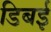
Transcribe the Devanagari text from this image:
डिबई